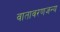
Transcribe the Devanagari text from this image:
वातावरणजन्य